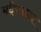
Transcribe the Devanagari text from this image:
बहिस्कार